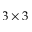
3 \times 3